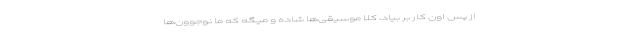
از پس اون کار بر بیاد، کلا موسیقی‌ها شاده و میگه که ما نوجوون‌ها